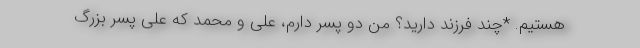
هستیم. *چند فرزند دارید؟ من دو پسر دارم، علی و محمد که علی پسر بزرگ